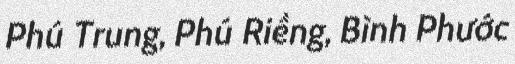
Phú Trung, Phú Riềng, Bình Phước